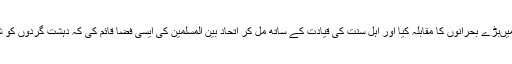
سالہ قیادت میںبڑے بحرانوں کا مقابلہ کیا اور اہل سنت کی قیادت کے ساتھ مل کر اتحاد بین المسلمین کی ایسی فضا قائم کی کہ دہشت گردوں کو شکست ہوئی۔